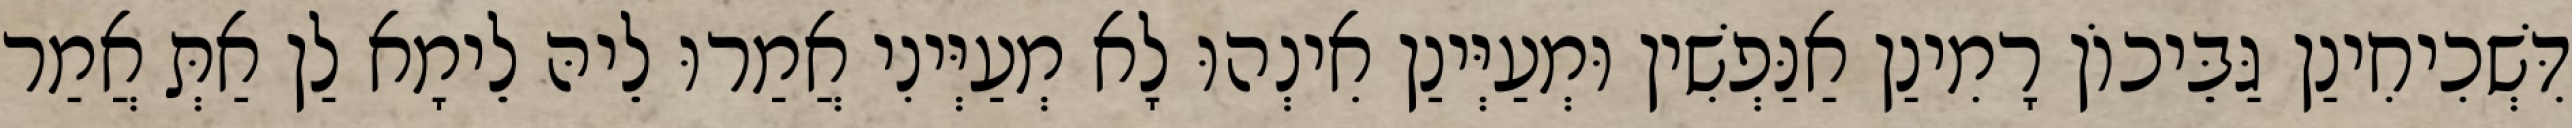
דִּשְׁכִיחִינַן גַּבֵּיכוֹן רָמִינַן אַנַּפְשִׁין וּמְעַיְּינַן אִינְהוּ לָא מְעַיְּינִי אֲמַרוּ לֵיהּ לֵימָא לַן אַתְּ אֲמַר